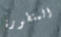
المتطورة